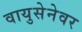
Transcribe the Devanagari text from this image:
वायुसेनेवर